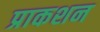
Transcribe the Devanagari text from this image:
प्राकशन